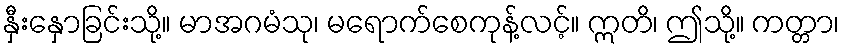
နှီးနှောခြင်းသို့။ မာအဂမံသု၊ မရောက်စေကုန့်လင့်။ ဣတိ၊ ဤသို့။ ကတ္တာ၊